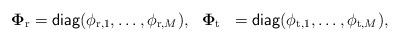
LaTeX: \begin{align*} \begin{aligned} \mathbf{\Phi}_{\mathrm{r}}&=\mathsf{diag}(\phi_{\mathrm{r},1},\ldots,\phi_{\mathrm{r},M}),~~ \mathbf{\Phi}_{\mathrm{t}}&=\mathsf{diag}(\phi_{\mathrm{t},1},\ldots,\phi_{\mathrm{t},M}), \end{aligned}\end{align*}